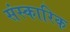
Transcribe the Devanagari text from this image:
संस्कारिक